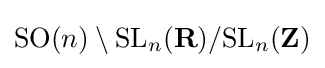
{\text{SO}}(n)\setminus {\text{SL}}_{n}({\textbf {R}})/{\text{SL}}_{n}({\textbf {Z}})